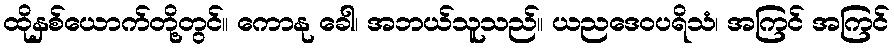
ထိုနှစ်ယောက်တို့တွင်။ ကောနု ခေါ၊ အဘယ်သူသည်။ ယညဒေဝပရိသံ၊ အကြင် အကြင်